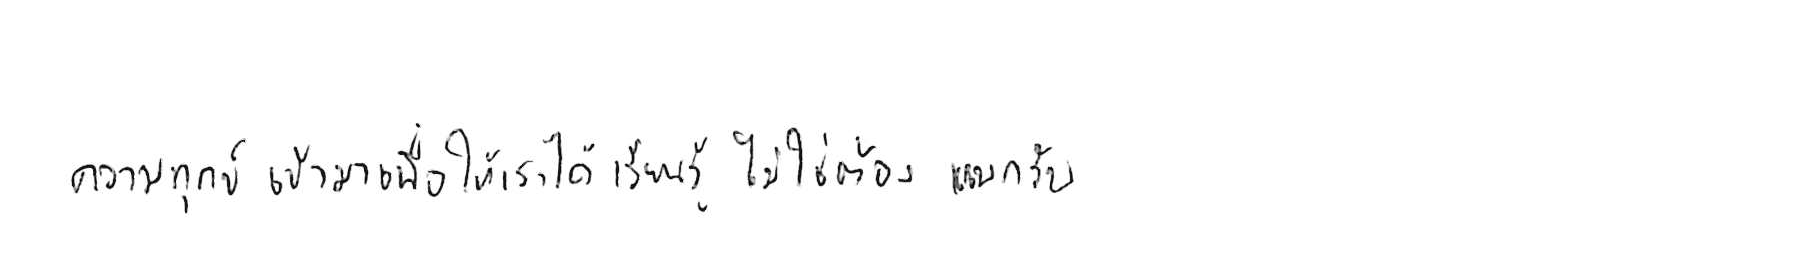
ความทุกข์ เข้ามาเพื่อให้เราได้ เรียนรู้ ไม่ใช่ต้อง แบกรับ